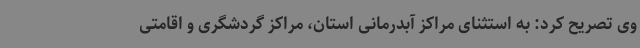
وی تصریح کرد: به استثنای مراکز آبدرمانی استان، مراکز گردشگری و اقامتی